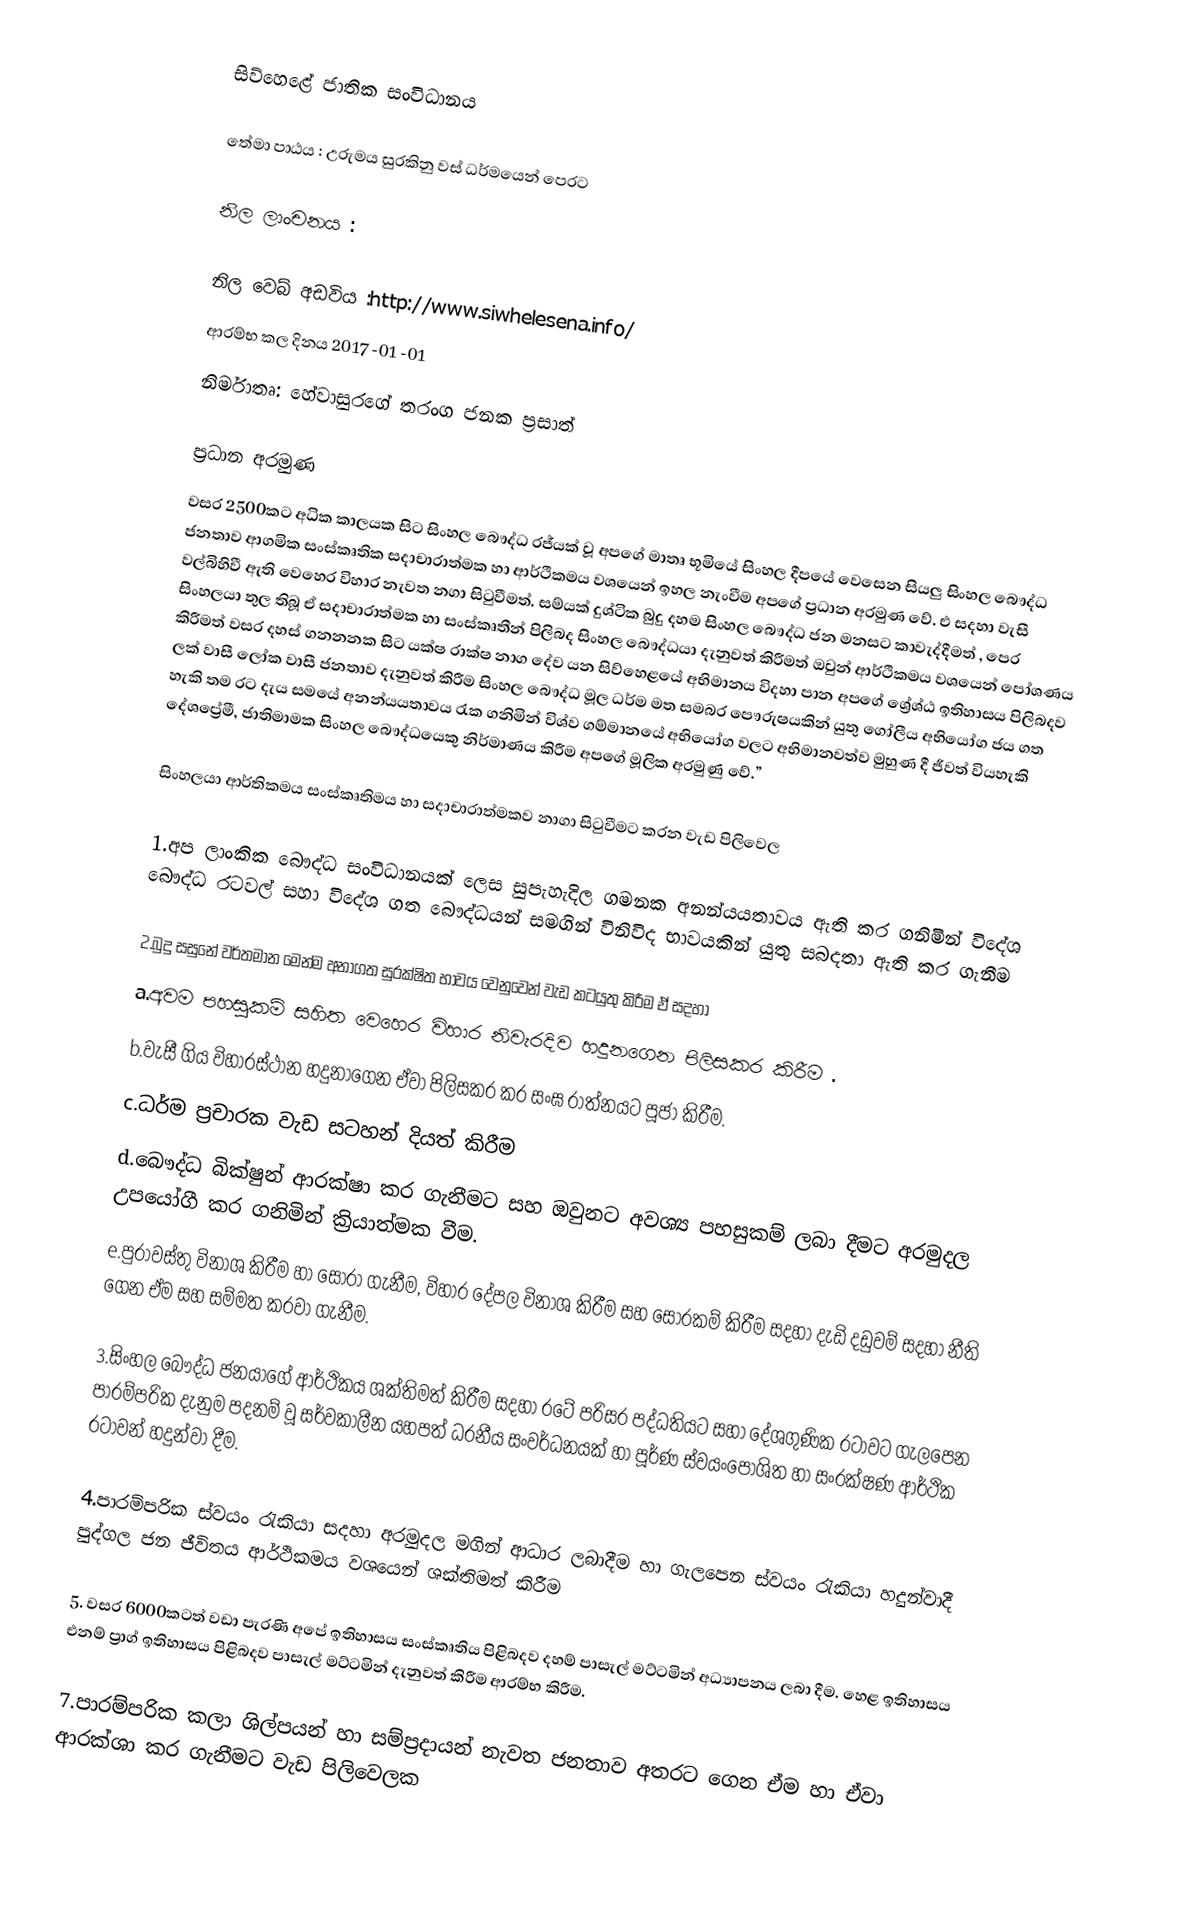
සිව්හෙළේ ජාතික සංවිධානය

තේමා පාඨය : උරුමය සුරකිනු වස් ධර්මයෙන් පෙරට

නිල ලාංචනය :

නිල වෙබ් අඩවිය :http://www.siwhelesena.info/
ආරම්භ කල දිනය 2017 -01 -01
නිර්මාතෘ: හේවාසුරගේ තරංග ජනක ප්‍රසාත්

ප්‍රධාන අරමුණ
වසර 2500කට අධික කාලයක සිට සිංහල බෞද්ධ  රජ්යක් වූ අපගේ මාතෘ භූමියේ  සිංහල දීපයේ වෙසෙන සියලු සිංහල බෞද්ධ ජනතාව ආගමික සංස්කෘතික සදාචාරාත්මක හා  ආර්ථිකමය වශයෙන් ඉහල නැංවීම අපගේ ප්‍රධාන අරමුණ වේ. එ සදහා වැසී වල්බිහිවී ඇති වෙහෙර විහාර නැවත නගා සිටුවීමත්. සම්යක් දුශ්ටික බුදු දහම  සිංහල බෞද්ධ ජන මනසට කාවැද්දීමත් , පෙර සිංහලයා තුල තිබූ ඒ සදාචාරාත්මක හා සංස්කෘතීන් පිලිබද සිංහල බෞද්ධයා දැනුවත් කිරීමත් ඔවුන් ආර්ථිකමය  වශයෙන් පෝශණය කිරීමත් වසර දහස් ගනනනක සිට යක්ෂ රාක්ෂ නාග දේව යන සිව්හෙළයේ  අභිමානය විදහා පාන අපගේ  ශ්‍රේශ්ඨ ඉතිහාසය පිලිබදව ලක් වාසී ලෝක වාසී ජනතාව දැනුවත් කිරීම   සිංහල  බෞද්ධ  මූල ධර්ම  මත සමබර පෞරුෂයකින් යුතු ගෝලීය අභියෝග ජය ගත හැකි  තම රට දැය සමයේ අනන්යයතාවය  රැක ගනිමින්  විශ්ව ගම්මානයේ අභියෝග වලට අභිමානවත්ව  මුහුණ දී ජීවත් වියහැකි දේශප්‍රේමී, ජාතිමාමක සිංහල බෞද්ධයෙකු නිර්මාණය කිරීම අපගේ මූලික අරමුණු වේ.”

සිංහලයා  ආර්තිකමය සංස්කෘතිමය හා සදාචාරාත්මකව නාගා සිටුවීමට  කරන වැඩ පිලිවෙල

1.අප ලාංකික බෞද්ධ සංවිධානයක් ලෙස සුපැහැදිල ගමනක අනන්යයතාවය ඇති කර ගනිමින් විදේශ බෞද්ධ රටවල් සහා  විදේශ ගත බෞද්ධයන් සමගින් විනිවිද භාවයකින් යුතු සබදතා ඇති කර ගැනීම

2.බුදු සසුනේ වර්තමාන මෙන්ම අනාගත සුරක්ෂිත භාවය වෙනුවෙන් වැඩ කටයුතු කිරීම  ඒ සදහා
a.අවම පහසුකම් සහිත වෙහෙර විහාර නිවැරදිව හදුනගෙන පිලිසකර කිරීම .
b.වැසී ගිය විහාරස්ථාන හදුනාගෙන ඒවා පිලිසකර කර සංඝ රාත්නයට පූජා කිරීම.
c.ධර්ම ප්‍රචාරක වැඩ සටහන් දියත් කිරීම
d.බෞද්ධ බික්ෂුන් ආරක්ෂා කර ගැනීමට සහ ඔවුනට අවශ්‍ය පහසුකම් ලබා දීමට අරමුදල උපයෝගී කර ගනිමින් ක්‍රියාත්මක  වීම.
e.පුරාවස්තු විනාශ කිරීම හා සොරා ගැනීම, විහාර දේපල විනාශ කිරීම සහ සොරකම් කිරීම සදහා දැඩි දඩුවම් සදහා නීති ගෙන ඒම සහ සම්මත කරවා ගැනීම.

3.සිංහල බෞද්ධ ජනයාගේ ආර්ථිකය ශක්තිමත් කිරීම සදහා රටේ පරිසර පද්ධතියට සහා දේශගුණික රටාවට ගැලපෙන පාරම්පරික දැනුම පදනම් වූ සර්වකාලීන යහපත් ධරනීය සංවර්ධනයක් හා පූර්ණ ස්වයංපෝශිත හා සංරක්ෂණ ආර්ථික රටාවන් හදුන්වා දීම.

4.පාරම්පරික ස්වයං රැකියා සදහා අරමුදල මගින් ආධාර ලබාදීම හා ගැලපෙන ස්වයං රැකියා හදුන්වාදී පුද්ගල ජන ජීවිතය ආර්ථිකමය වශයෙන් ශක්තිමත් කිරීම

5. වසර 6000කටත් වඩා පැරණි අපේ ඉතිහාසය සංස්කෘතිය පිළිබදව දහම් පාසැල් මට්ටමින් අධ්‍යාපනය ලබා දීම. හෙළ ඉතිහාසය එනම් ප්‍රාග් ඉතිහාසය පිළිබදව පාසැල් මට්ටමින් දැනුවත් කිරීම ආරම්භ කිරීම.

7.පාරම්පරික කලා ශිල්පයන් හා සම්ප්‍රදායන් නැවත ජනතාව අතරට ගෙන ඒම හා ඒවා ආරක්ශා කර ගැනීමට වැඩ පිලිවෙලක